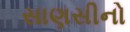
સાણસીનો